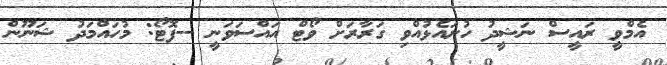
އެމްވީ ރައީސް ނަޝީދު ހުށައެޅުއްވި ގަރާރަށް ވޯޓް އައްސަވަނީ --ފޮޓޯ: މުހައްމަދު ޝަނޫން